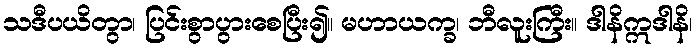
သဒီပယိတွာ၊ ပြင်းစွာပွားစေပြီး၍။ မဟာယက္ခ၊ ဘီလူးကြီး။ ဒါနိဣဒါနိ၊